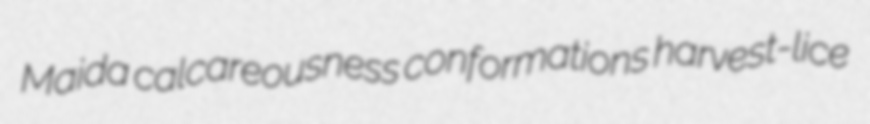
Maida calcareousness conformations harvest-lice